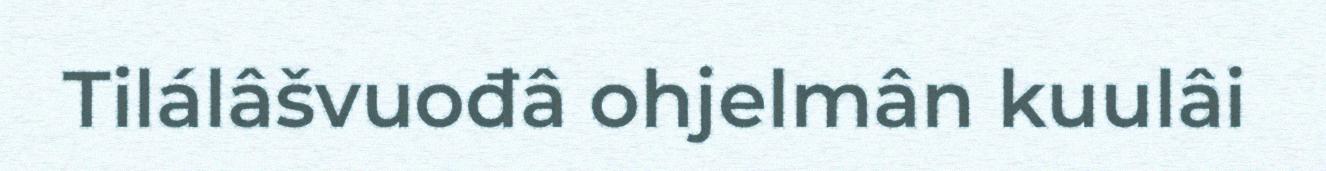
Tilálâšvuođâ ohjelmân kuulâi